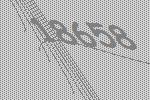
18658